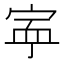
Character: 𡨴